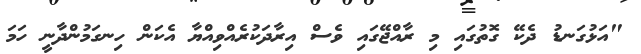
"އަޅުގަނޑު ދެކޭ ގޮތުގައި މި ރާއްޖޭގައި ވެސް އިރާދަކުރެއްވިއްޔާ އެކަން ހިނގަމުންދާނީ ހަމަ